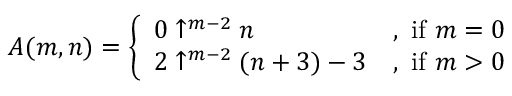
A ( m , n ) = { \left\{ \begin{array} { l l } { 0 \uparrow ^ { m - 2 } n } & { { \mathrm { , ~ i f ~ } } m = 0 } \\ { 2 \uparrow ^ { m - 2 } ( n + 3 ) - 3 } & { { \mathrm { , ~ i f ~ } } m > 0 } \end{array} \right. }